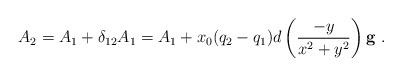
LaTeX: \begin{align*}A_{2} = A_{1} + \delta_{12} A_{1} = A_{1} + x_{0} (q_{2}-q_{1}) d \left(\frac{-y}{x^2+y^2}\right)\mathbf{g}~. \end{align*}